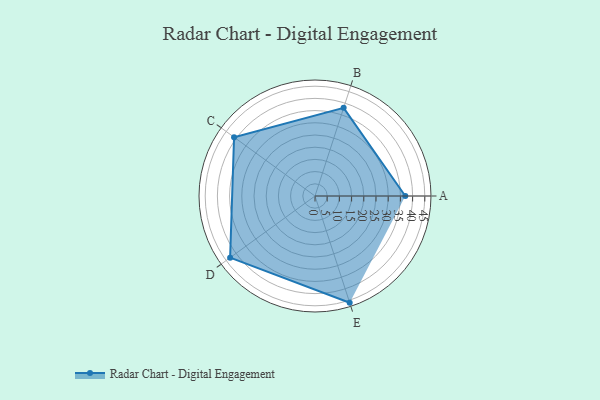
{"axis": {"x": "Skill", "y": "Score"}, "legend": ["Profile"], "data": [{"x": "A", "y": 37.0, "type": "Profile"}, {"x": "B", "y": 38.0, "type": "Profile"}, {"x": "C", "y": 41.0, "type": "Profile"}, {"x": "D", "y": 43.0, "type": "Profile"}, {"x": "E", "y": 46.0, "type": "Profile"}]}